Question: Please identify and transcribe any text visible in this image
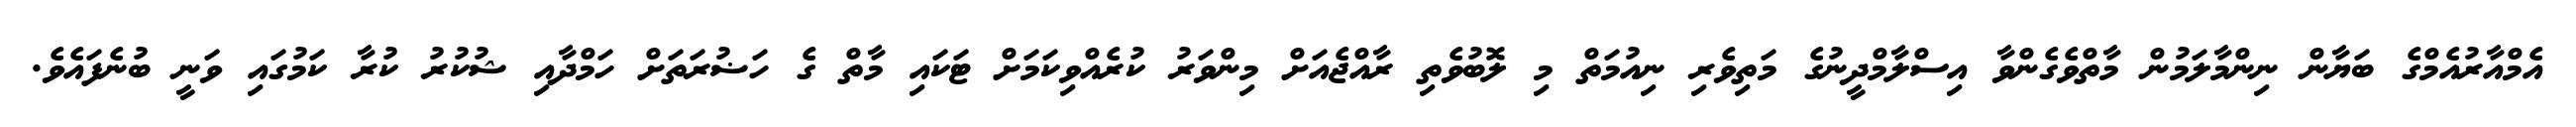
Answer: އެމްއާރުއެމްގެ ބަޔާން ނިންމާލަމުން މާތްވެގެންވާ އިސްލާމްދީނުގެ މަތިވެރި ނިއުމަތް މި ލޮބުވެތި ރާއްޖެއަށް މިންވަރު ކުރެއްވިކަމަށް ޓަކައި މާތް ގެ ހަޟުރަތަށް ހަމްދާއި ޝުކުރު ކުރާ ކަމުގައި ވަނީ ބުނެފައެވެ.